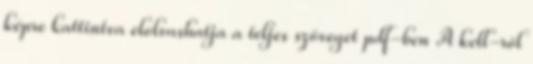
képre kattintva elolvashatja a teljes szöveget pdf-ben A kell-ről